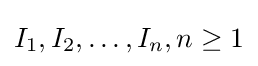
I_{1},I_{2},\dots ,I_{n},n\geq 1